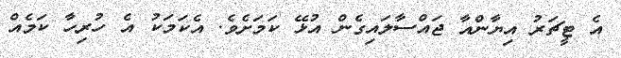
އެ ޓީޗަރު އިޔާންއާ ޖައްސާލައިގެން އުޅޭ ކަމަށެވެ. އެކަމަކު އެ ހުރިހާ ކަމެއް